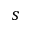
s